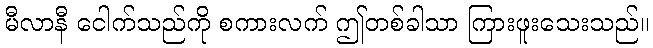
မီလာနီ ငေါက်သည်ကို စကားလက် ဤတစ်ခါသာ ကြားဖူးသေးသည်။